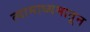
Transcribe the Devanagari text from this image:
त्यामाध्यमातून